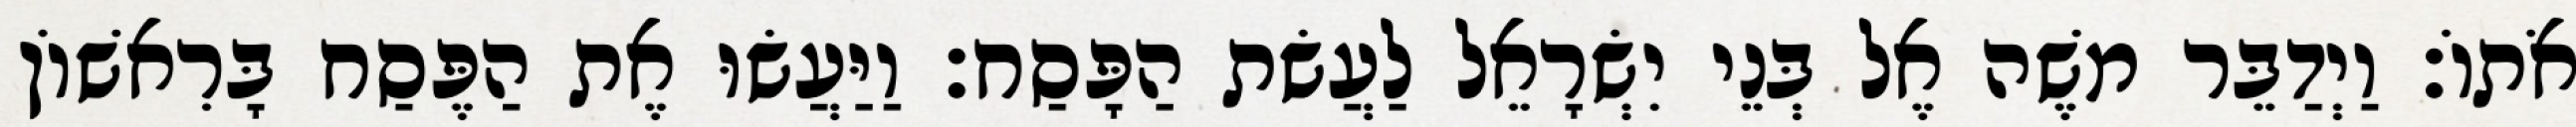
אֹתוֹ׃ וַיְדַבֵּר משֶׁה אֶל בְּנֵי יִשְׂרָאֵל לַעֲשׂת הַפָּסַח׃ וַיַּעֲשׂוּ אֶת הַפֶּסַח בָּרִאשׁוֹן